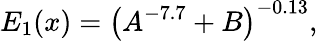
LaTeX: E_{1}(x)=\left(A^{-7.7}+B\right)^{-0.13},